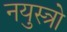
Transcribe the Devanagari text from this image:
नयुस्त्रो